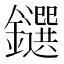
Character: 𨯭